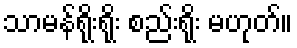
သာမန်ရိုးရိုး စည်းရိုး မဟုတ်။